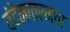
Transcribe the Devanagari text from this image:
वंदेमातरमचा